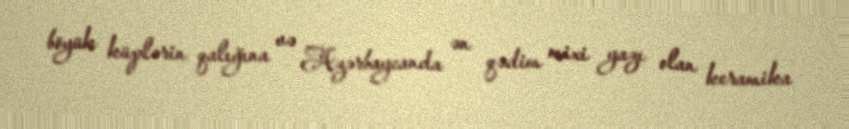
böyük küplərin qalığına və Azərbaycanda ən qədim mixi yazı olan keramika